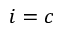
i = c